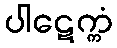
ပါဋေက္ကံ